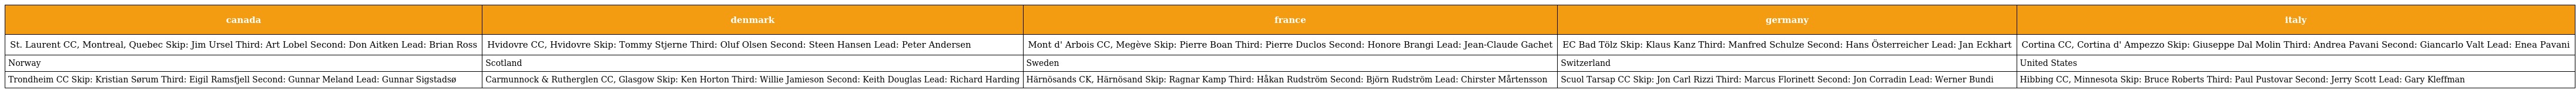
| canada | denmark | france | germany | italy |
 | --- | --- | --- | --- | --- |
 | St. Laurent CC, Montreal, Quebec Skip: Jim Ursel Third: Art Lobel Second: Don Aitken Lead: Brian Ross | Hvidovre CC, Hvidovre Skip: Tommy Stjerne Third: Oluf Olsen Second: Steen Hansen Lead: Peter Andersen | Mont d' Arbois CC, Megève Skip: Pierre Boan Third: Pierre Duclos Second: Honore Brangi Lead: Jean-Claude Gachet | EC Bad Tölz Skip: Klaus Kanz Third: Manfred Schulze Second: Hans Österreicher Lead: Jan Eckhart | Cortina CC, Cortina d' Ampezzo Skip: Giuseppe Dal Molin Third: Andrea Pavani Second: Giancarlo Valt Lead: Enea Pavani |
 | Norway | Scotland | Sweden | Switzerland | United States |
 | Trondheim CC Skip: Kristian Sørum Third: Eigil Ramsfjell Second: Gunnar Meland Lead: Gunnar Sigstadsø | Carmunnock & Rutherglen CC, Glasgow Skip: Ken Horton Third: Willie Jamieson Second: Keith Douglas Lead: Richard Harding | Härnösands CK, Härnösand Skip: Ragnar Kamp Third: Håkan Rudström Second: Björn Rudström Lead: Chirster Mårtensson | Scuol Tarsap CC Skip: Jon Carl Rizzi Third: Marcus Florinett Second: Jon Corradin Lead: Werner Bundi | Hibbing CC, Minnesota Skip: Bruce Roberts Third: Paul Pustovar Second: Jerry Scott Lead: Gary Kleffman |